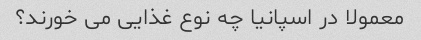
معمولا در اسپانیا چه نوع غذایی می خورند؟